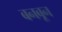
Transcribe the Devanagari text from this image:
बनबून